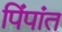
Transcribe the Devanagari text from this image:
पिंपांत